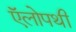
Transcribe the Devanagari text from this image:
ऍलोपथी